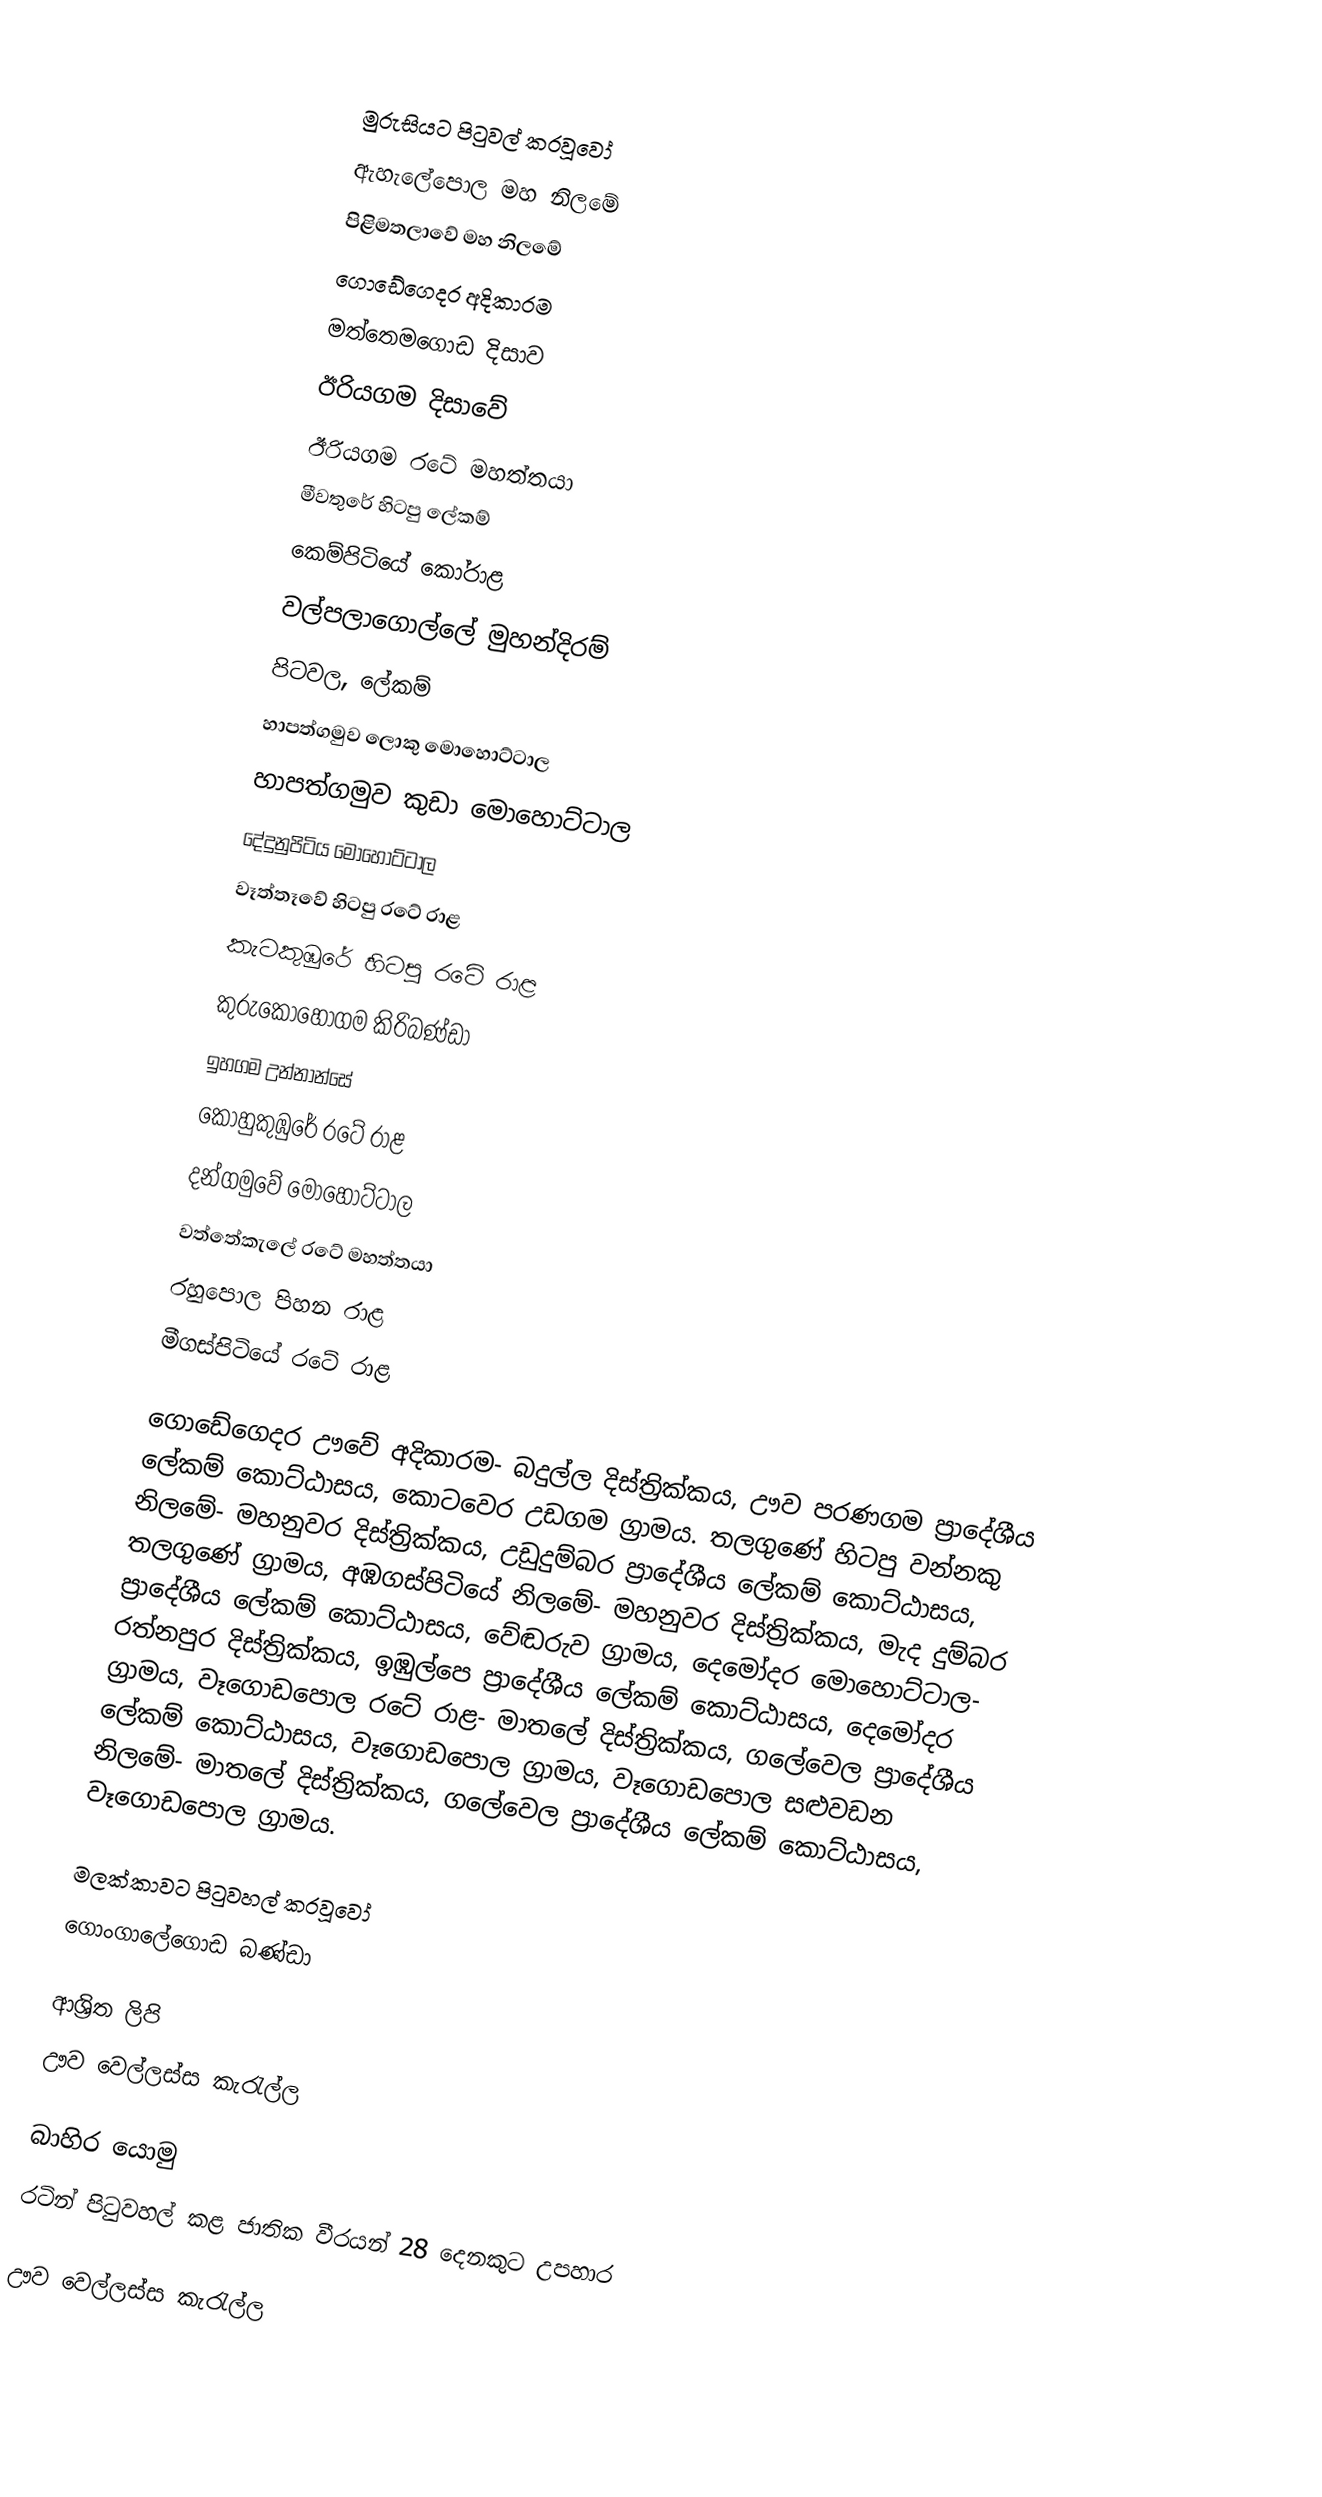

මුරුසියට පිටුවල් කරවූවෝ
 ඇහැලේපොල මහ නිලමේ
 පිළිමතලාවේ මහ නිලමේ
 ගොඩේගෙදර අදිකාරම
 මත්තෙමගොඩ දිසාව
 ඊරියගම දිසාවේ
 ඊරියගම රටේ මහත්තයා
 මීවතුරේ හිටපු ලේකම්
 කෙම්පිටියේ කෝරාළ
 වල්පලාගොල්ලේ මුහන්දිරම්
 පිටවල, ලේකම්
 හාපත්ගමුව ලොකු මොහොට්‌ටාල
 හාපත්ගමුව කුඩා මොහොට්‌ටාල
 දේදුනුපිටිය මොහොට්‌ටාල
 වෑත්තෑවේ හිටපු රටේ රාළ
 කැටකුඹුරේ හිටපු රටේ රාළ
 කුරුකොහෝගම කිරිබණ්‌ඩා
 ඉහගම උන්නාන්සේ
 කොහුකුඹුරේ රටේ රාළ
 දන්ගමුවේ මොහොට්‌ටාල
 වත්තේකැලේ රටේ මහත්තයා
 රහුපොල පිහන රාළ
 මීගස්‌පිටියේ රටේ රාළ

ගොඩේගෙදර ඌවේ අදිකාරම- බදුල්ල දිස්‌ත්‍රික්‌කය, ඌව පරණගම ප්‍රාදේශීය ලේකම් කොට්‌ඨාසය, කොටවෙර උඩගම ග්‍රාමය. තලගුණේ හිටපු වන්නකු නිලමේ- මහනුවර දිස්‌ත්‍රික්‌කය, උඩුදුම්බර ප්‍රාදේශීය ලේකම් කොට්‌ඨාසය, තලගුණේ ග්‍රාමය, අඹගස්‌පිටියේ නිලමේ- මහනුවර දිස්‌ත්‍රික්‌කය, මැද දුම්බර ප්‍රාදේශීය ලේකම් කොට්‌ඨාසය, වේඬරුව ග්‍රාමය, දෙමෝදර මොහොට්‌ටාල- රත්නපුර දිස්‌ත්‍රික්‌කය, ඉඹුල්පෙ ප්‍රාදේශීය ලේකම් කොට්‌ඨාසය, දෙමෝදර ග්‍රාමය, වෑගොඩපොල රටේ රාළ- මාතලේ දිස්‌ත්‍රික්‌කය, ගලේවෙල ප්‍රාදේශීය ලේකම් කොට්‌ඨාසය, වෑගොඩපොල ග්‍රාමය, වෑගොඩපොල සළුවඩන නිලමේ- මාතලේ දිස්‌ත්‍රික්‌කය, ගලේවෙල ප්‍රාදේශීය ලේකම් කොට්‌ඨාසය, වෑගොඩපොල ග්‍රාමය.

මලක්‌කාවට පිටුවහල් කරවූවෝ
 ගොංගාලේගොඩ බණ්‌ඩා

ආශ්‍රිත ලිපි
 ඌව වෙල්ලස්ස කැරැල්ල

බාහිර යොමු
 රටින් පිටුවහල් කළ ජාතික වීරයන් 28 දෙනකුට උපහාර

ඌව වෙල්ලස්ස කැරැල්ල